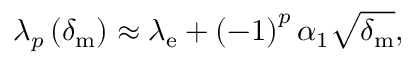
\lambda _ { p } \left( \delta _ { \mathrm { m } } \right) \approx \lambda _ { \mathrm { e } } + \left( - 1 \right) ^ { p } \alpha _ { 1 } \sqrt { \delta _ { \mathrm { m } } } ,